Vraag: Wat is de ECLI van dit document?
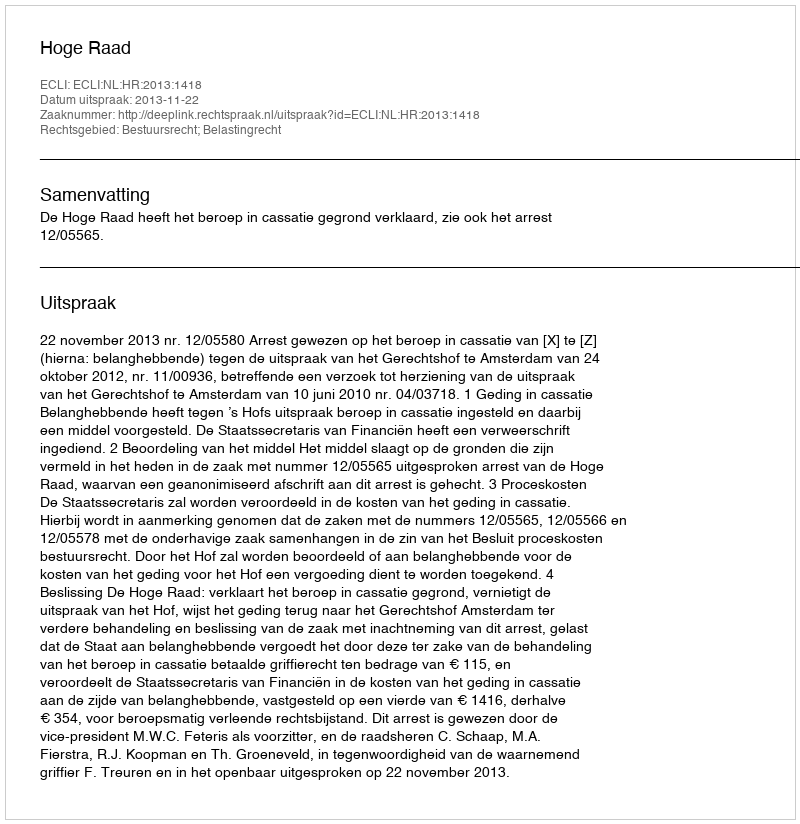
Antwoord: ECLI:NL:HR:2013:1418